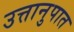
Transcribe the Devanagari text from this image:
उत्तानुपात